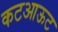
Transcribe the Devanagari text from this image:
कटआऊट